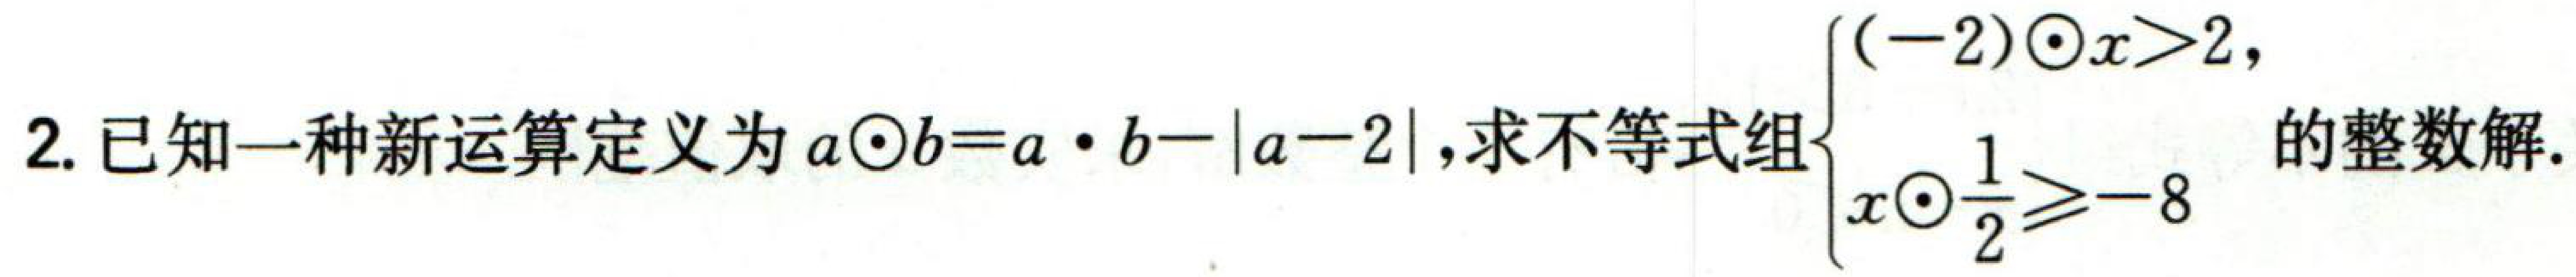
已知一种新运算定义为\(a\odot b = a\cdot b - |a - 2|\)，求不等式组\(\begin{cases}

(-2)\odot x>2 \\

x\odot\frac{1}{2}\geq - 8

\end{cases}\)的整数解.